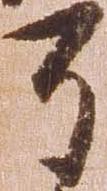
了